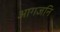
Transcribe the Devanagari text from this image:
आगजनि